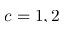
c = 1 , 2